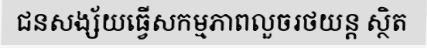
ជនសង្ស័យធ្វើសកម្មភាពលួចរថយន្ត ស្ថិត